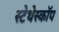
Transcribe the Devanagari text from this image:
स्‍टेथेस्‍कॉप